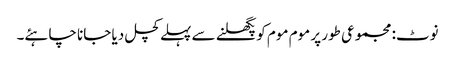
نوٹ: مجموعی طور پر موم موم کو پگھلنے سے پہلے کچل دیا جانا چاہئے۔